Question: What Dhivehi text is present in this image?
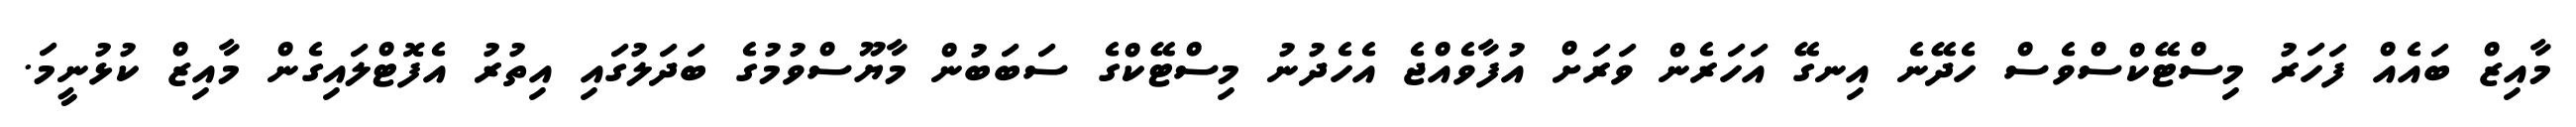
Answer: މާއިޒް ބައެއް ފަހަރު މިސްޓޭކްސްވެސް ހެދޭނެ އިނގޭ އަހަރެން ވަރަށް އުފާވެއްޖެ އެހެދުނު މިސްޓޭކްގެ ސަބަބުން މާޔޫސްވުމުގެ ބަދަލުގައި އިތުރު އެފޮޓްލައިގެން މާއިޒް ކުޅުނީމަ.